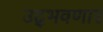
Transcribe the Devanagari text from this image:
उद्‌भवणार